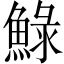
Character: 䱚